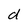
Character: d